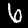
Digit: 6